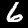
Digit: 6